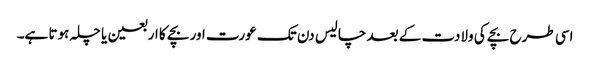
اسی طرح بچے کی ولادت کے بعد چالیس دن تک عورت اور بچے کا اربعین یا چلہ ہوتا ہے۔